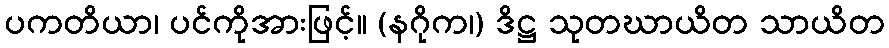
ပကတိယာ၊ ပင်ကိုအားဖြင့်။ (နဂိုက၊) ဒိဋ္ဌ သုတဃာယိတ သာယိတ